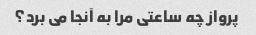
پرواز چه ساعتی مرا به آنجا می برد؟